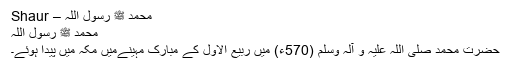
محمّد ﷺ رسول اللہ – Shaur
محمّد ﷺ رسول اللہ
حضرت محمد صلی اللہ علیہ و آلہ وسلم (570ء) میں ربیع الاول کے مبارک مہینےمیں مکہ میں پیدا ہوئے۔